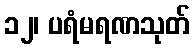
၁၂၊ ပရံမရဏသုတ်